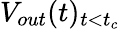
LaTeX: V_{out}(t)_{t<t_{c}}